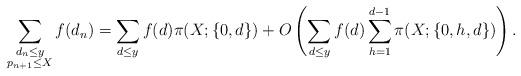
LaTeX: \begin{align*}\sum_{\substack{d_n\le y\\p_{n+1}\le X}}f(d_n)=\sum_{d\le y}f(d)\pi(X; \{0, d\})+O\left(\sum_{d\le y}f(d)\sum_{h=1}^{d-1}\pi(X; \{0, h, d\})\right).\end{align*}